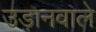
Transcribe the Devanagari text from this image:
उड़ानवाले